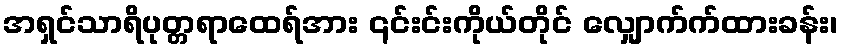
အရှင်သာရိပုတ္တရာထေရ်အား ၎င်းင်းကိုယ်တိုင် လျှောက်က်ထားခန်း၊